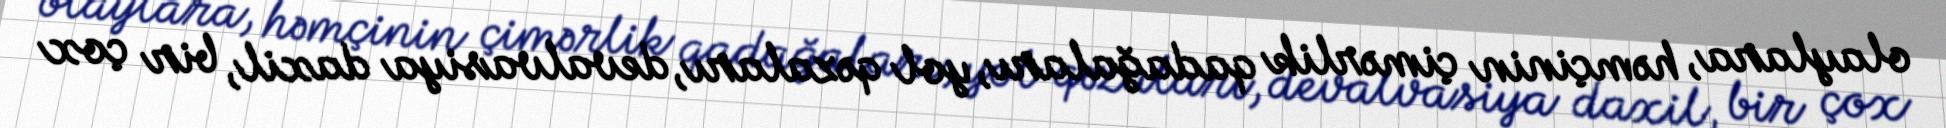
olaylara, həmçinin çimərlik qadağaları, yol qəzaları, devalvasiya daxil, bir çox